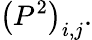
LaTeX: \left(P^{2}\right)_{i,j}.